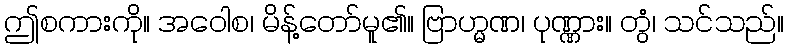
ဤစကားကို။ အဝေါစ၊ မိန့်တော်မူ၏။ ဗြာဟ္မဏ၊ ပုဏ္ဏား။ တွံ၊ သင်သည်။